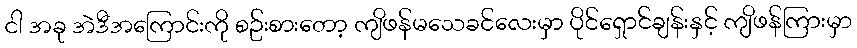
ငါ အခု အဲဒီအကြောင်းကို စဥ်းစားတော့ ကျိဖန်မသေခင်လေးမှာ ပိုင်ရှောင်ချန်းနှင့် ကျိဖန်ကြားမှာ